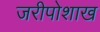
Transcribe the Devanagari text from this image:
जरीपोशाख